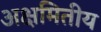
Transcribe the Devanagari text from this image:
अक्षमितीय